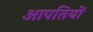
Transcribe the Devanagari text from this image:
आपतियों